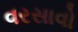
વરસાવો